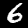
Digit: 6